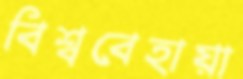
বিশ্ববেহায়া